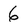
Character: 6